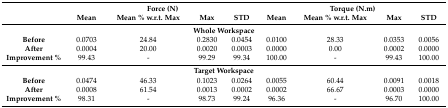
<table><thead><tr><td></td><td colspan="4"><b>Force (N)</b></td><td colspan="4"><b>Torque (N.m)</b></td></tr><tr><td></td><td><b>Mean</b></td><td><b>Mean % w.r.t. Max</b></td><td><b>Max</b></td><td><b>STD</b></td><td><b>Mean</b></td><td><b>Mean % w.r.t. Max</b></td><td><b>Max</b></td><td><b>STD</b></td></tr></thead><tbody><tr><td colspan="9"><b>Whole Workspace</b></td></tr><tr><td><b>Before</b></td><td>0.0703</td><td>24.84</td><td>0.2830</td><td>0.0454</td><td>0.0100</td><td>28.33</td><td>0.0353</td><td>0.0056</td></tr><tr><td><b>After</b></td><td>0.0004</td><td>20.00</td><td>0.0020</td><td>0.0003</td><td>0.0000</td><td>0.00</td><td>0.0002</td><td>0.0000</td></tr><tr><td><b>Improvement %</b></td><td>99.43</td><td>-</td><td>99.29</td><td>99.34</td><td>100.00</td><td>-</td><td>99.43</td><td>100.00</td></tr><tr><td colspan="9"><b>Target Workspace</b></td></tr><tr><td><b>Before</b></td><td>0.0474</td><td>46.33</td><td>0.1023</td><td>0.0264</td><td>0.0055</td><td>60.44</td><td>0.0091</td><td>0.0018</td></tr><tr><td><b>After</b></td><td>0.0008</td><td>61.54</td><td>0.0013</td><td>0.0002</td><td>0.0002</td><td>66.67</td><td>0.0003</td><td>0.0000</td></tr><tr><td><b>Improvement %</b></td><td>98.31</td><td>-</td><td>98.73</td><td>99.24</td><td>96.36</td><td>-</td><td>96.70</td><td>100.00</td></tr></tbody></table>